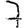
Digit: 7